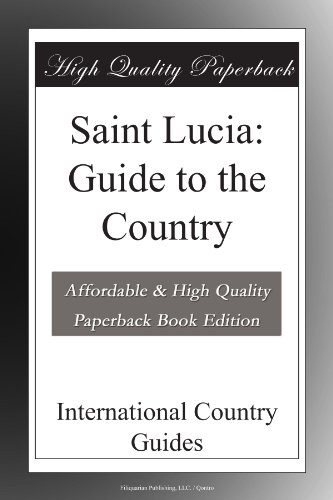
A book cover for Saint Lucia: Guide to the Country; International Country Guides; Travel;